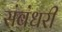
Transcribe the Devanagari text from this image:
संबंधरी